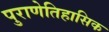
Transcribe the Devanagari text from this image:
पुराणेतिहासिक